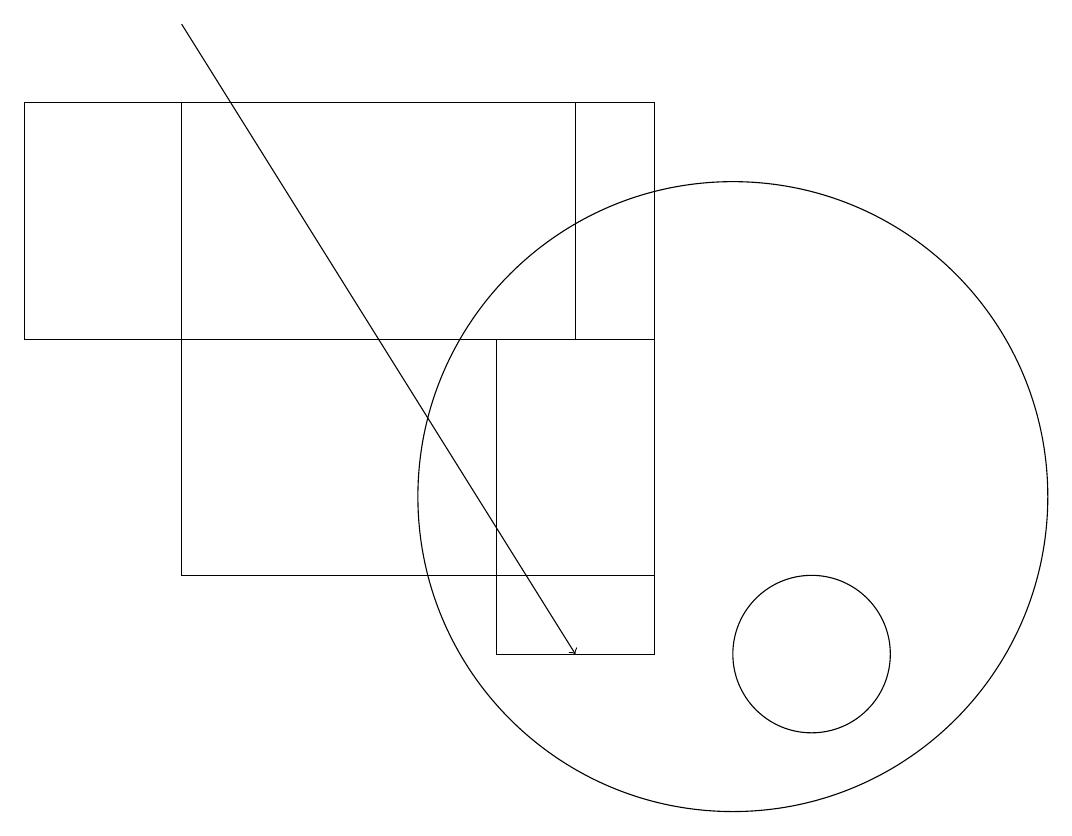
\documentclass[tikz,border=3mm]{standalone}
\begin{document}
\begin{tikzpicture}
\draw (7,14) rectangle (9,10);
\draw (11,10) circle (1);
\draw (1,17) rectangle (8,14);
\draw (10,12) circle (4);
\draw (9,17) rectangle (3,11);
\draw[->] (3,18) -- (8,10);
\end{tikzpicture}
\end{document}